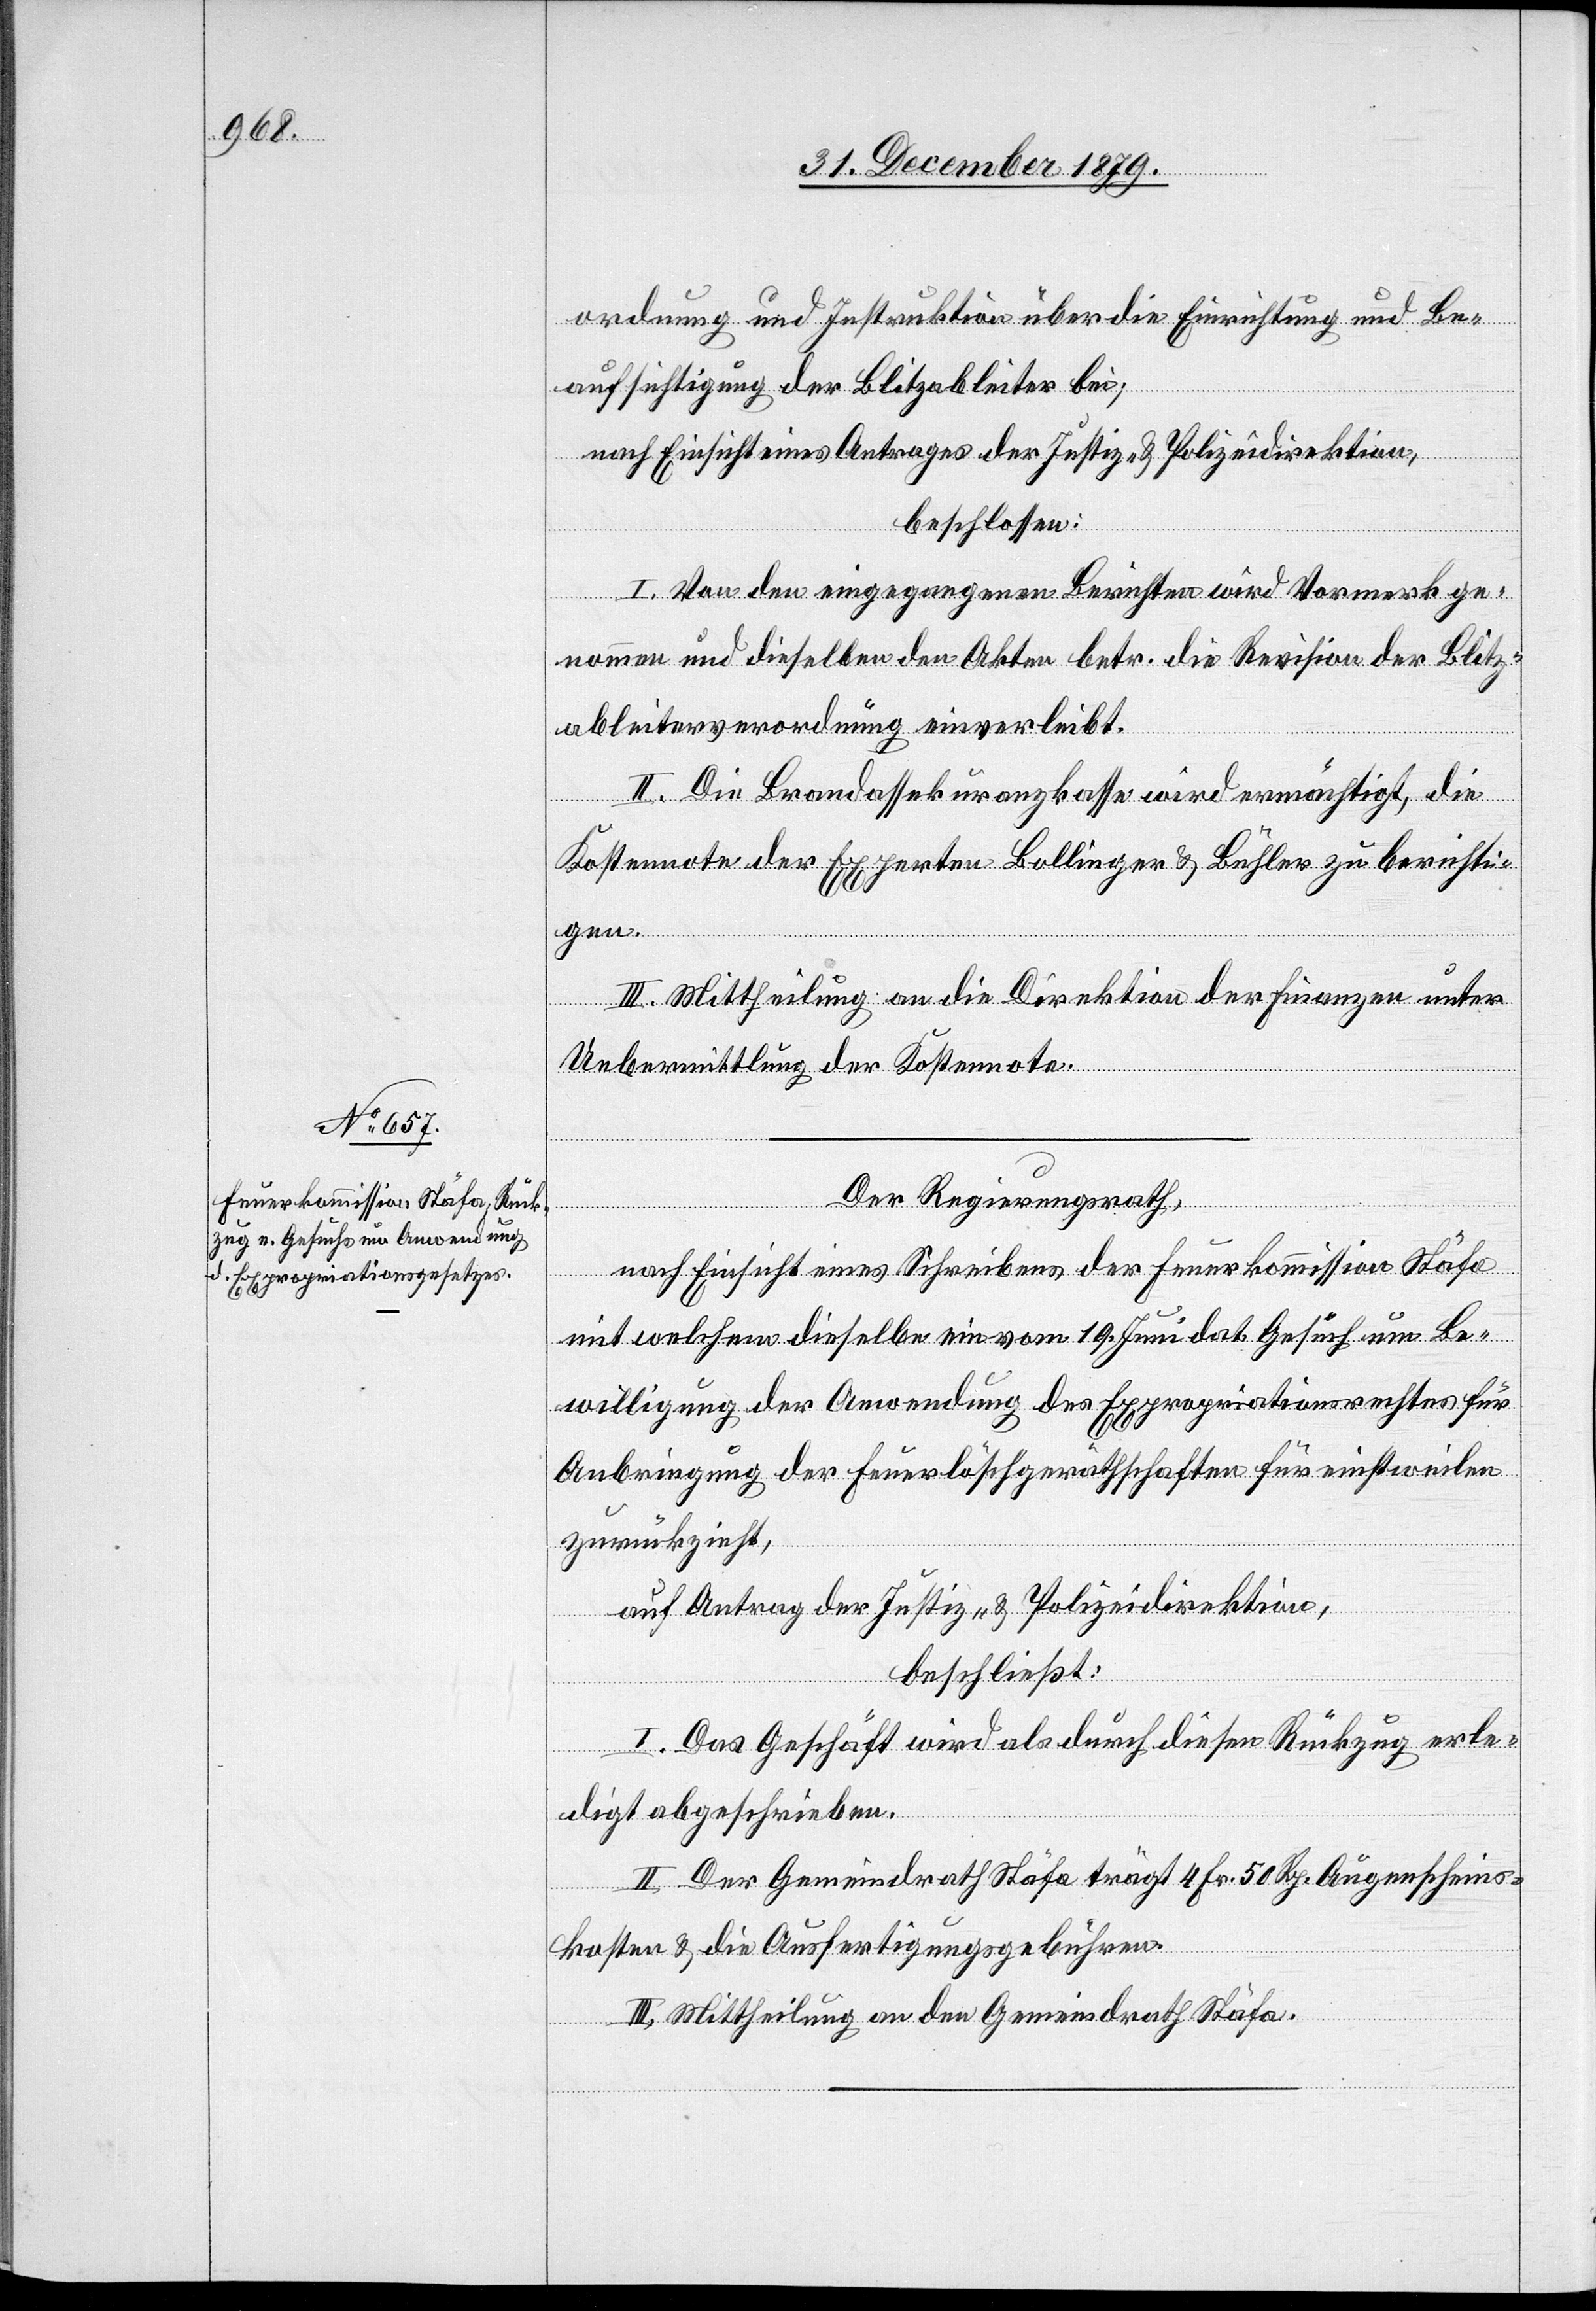
ordnung und Instruktion über die Einrichtung und Be¬
aufsichtigung der Blitzableiter bei;
nach Einsicht eines Antrages der Justiz- & Polizeidirektion,
beschlossen:
I. Von den eingegangenen Berichten wird Vormerk ge¬
nommen und dieselben den Akten betr. die Revision der Blitz¬
ableiterverordnung einverleibt.
II. Die Brandassekuranzkasse wird ermächtigt, die
Kostennote der Experten Bollinger & Bühler zu berichti¬
gen.
III. Mittheilung an die Direktion der Finanzen unter
Uebermittlung der Kostennote.
Der Regierungsrath,
nach Einsicht eines Schreibens der Feuerkommission Stäfa
mit welchem dieselbe ein vom 19. Juni dat. Gesuch um Be¬
willigung der Anwendung des Expropriationsrechtes für
Anbringung der Feuerlöschgeräthschaften für einstweilen
zurückzieht,
auf Antrag der Justiz- & Polizeidirektion,
beschließt:
I. Das Geschäft wird als durch diesen Rückzug erle¬
digt abgeschrieben.
II. Der Gemeindrath Stäfa trägt 4 Fr. 50 Rp. Augenscheins¬
kosten & die Ausfertigungsgebühren.
III. Mittheilung an den Gemeindrath Stäfa.